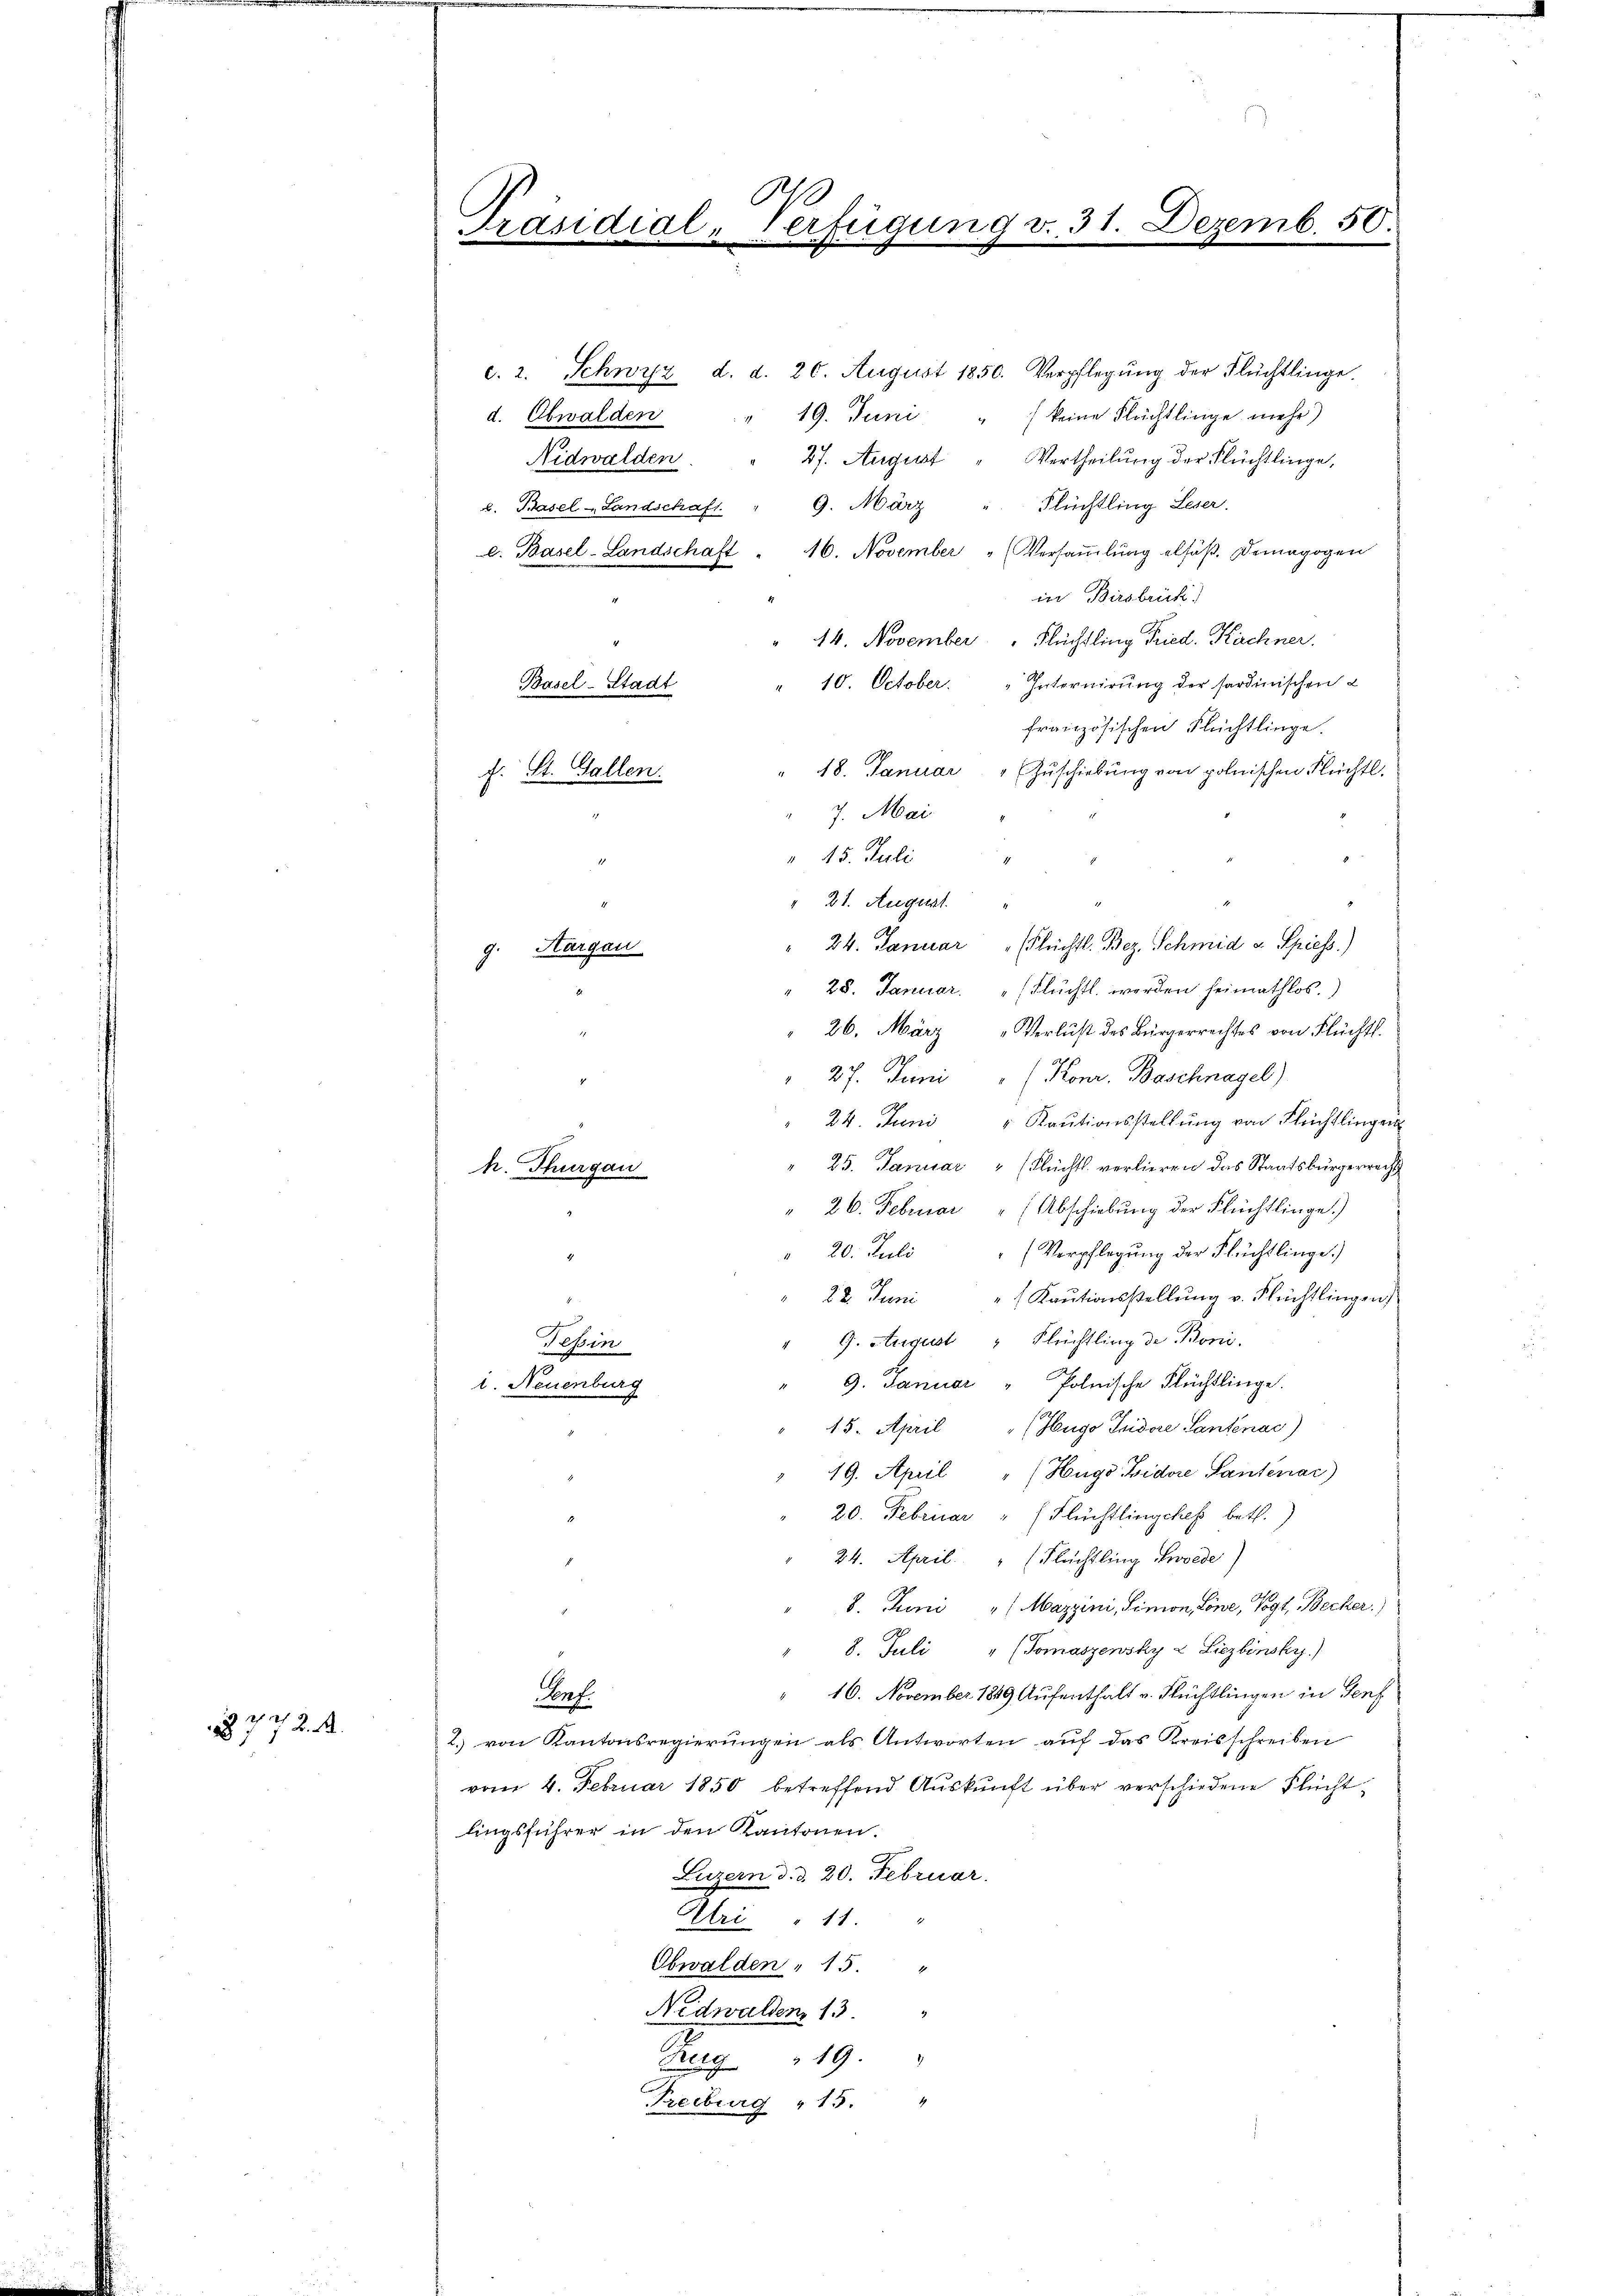
1877 K. A.

A
Präsidial-Verfügung v. 31. Dezemb. 50.

c. 2. Schwyz d. d. 20. August 1850. Verpflegŭng der Flüchtlinge.
19. Juni "  keine Flüchtlinge mehr)
d. Obwalden
Nidwalden
27. August " Vertheilung der Flüchtlinge,
Flüchtling Leser.
9. März
b. Basel-Landschaft.
e. Basel-Landschaft " 16. November " Versaṁlŭng elsäβ. Demagogen
in Birsbrück.
14. November Flüchtling Fried. Kachner.
10. October. „Internirung der sardinischen
Basel-Stadt
französischen Flüchtlinge.
18. Januar Zuschiebung von polnischen Fleichtl.
7. Mai
" 15. Juli
" 21. August
" 24. Januar (Flüchtl. Bez. Schmid u. Spiess.)
g. Aargau
28. Januar. (Flüchtl. werden heimathlos.)
26. März „Verlust des Bürgerrechtes von Flüchtl.
27. Juni " (Konr. Baschnagel)
24. Juni " Kaŭtionsstellŭng von Flüchtlingen
25. Januar " (Flüchtl. verlieren das Staatsbürgerrecht
h. Thurgau
26. Februar (Abschiebung der Flüchtlinge.)
(Verpflegung der Flüchtlinge.)
20. Juli
28. Juni " Kautionsstellung v. Flüchtlingen)
" 9. August " Flüchtling de Boni.
Fehin
9. Januar " Polnische Flüchtlinge.
i. Neuenburg
15. April " Hugo Tridore Santenac)
19. April " (Hugo Bidore Santenar)
20. Februar " (Flüchtlingchef betr.)
24. April " (Flüchtling Provede)
8. Juni " Mazzini, Simon Löwe, Vogt, Becker.
" 8. Juli " (Tomaszensky & Liezbinsky.)
" 16. November 1849 Aufenthalt v. Rechtlingen in Genf
Conf.
2.) von Kantonsregierungen als Antworten auf das Kreisschreiben
vom 4. Februar 1850 betreffend Auskunft über verschiedene Fluchtlingsführer in den Kantonen.
Luzern d. d. 20. Februar.
Uri " 11
Obwalden " 15. "
Nidwalden 13 "
Meg 19.
Treiburg 15. "

f. St. Gallen.